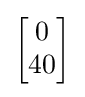
{\begin{bmatrix}0\\40\end{bmatrix}}